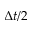
\Delta t / 2